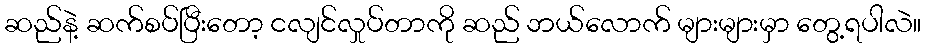
ဆည်နဲ့ ဆက်စပ်ပြီးတော့ ငလျင်လှုပ်တာကို ဆည် ဘယ်လောက် များများမှာ တွေ့ရပါလဲ။